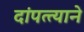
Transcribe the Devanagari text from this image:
दांपत्त्याने